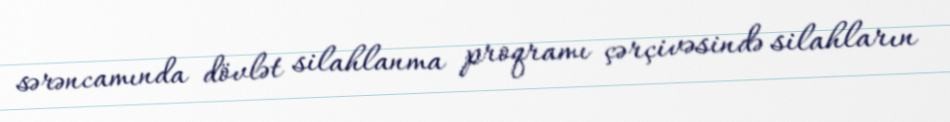
sərəncamında dövlət silahlanma proqramı çərçivəsində silahların